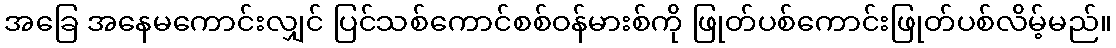
အခြေ အနေမကောင်းလျှင် ပြင်သစ်ကောင်စစ်ဝန်မားစ်ကို ဖြုတ်ပစ်ကောင်းဖြုတ်ပစ်လိမ့်မည်။